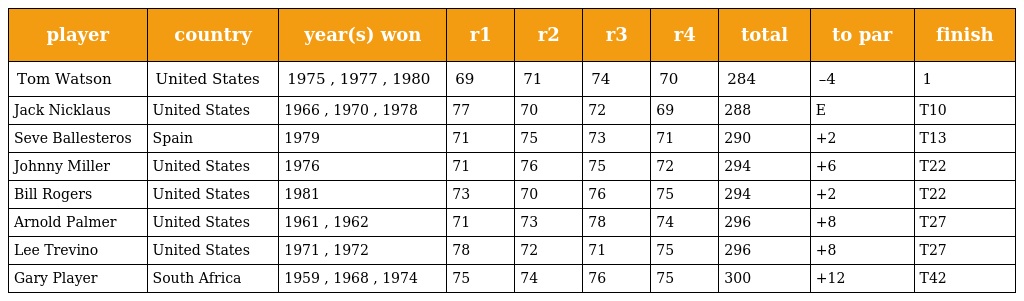
| player | country | year(s) won | r1 | r2 | r3 | r4 | total | to par | finish |
 | --- | --- | --- | --- | --- | --- | --- | --- | --- | --- |
 | Tom Watson | United States | 1975 , 1977 , 1980 | 69 | 71 | 74 | 70 | 284 | –4 | 1 |
 | Jack Nicklaus | United States | 1966 , 1970 , 1978 | 77 | 70 | 72 | 69 | 288 | E | T10 |
 | Seve Ballesteros | Spain | 1979 | 71 | 75 | 73 | 71 | 290 | +2 | T13 |
 | Johnny Miller | United States | 1976 | 71 | 76 | 75 | 72 | 294 | +6 | T22 |
 | Bill Rogers | United States | 1981 | 73 | 70 | 76 | 75 | 294 | +2 | T22 |
 | Arnold Palmer | United States | 1961 , 1962 | 71 | 73 | 78 | 74 | 296 | +8 | T27 |
 | Lee Trevino | United States | 1971 , 1972 | 78 | 72 | 71 | 75 | 296 | +8 | T27 |
 | Gary Player | South Africa | 1959 , 1968 , 1974 | 75 | 74 | 76 | 75 | 300 | +12 | T42 |